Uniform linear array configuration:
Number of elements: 12
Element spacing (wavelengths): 1
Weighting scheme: hann
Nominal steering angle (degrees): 15
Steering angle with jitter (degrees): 13.266
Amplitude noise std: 0.05
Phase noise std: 0.05

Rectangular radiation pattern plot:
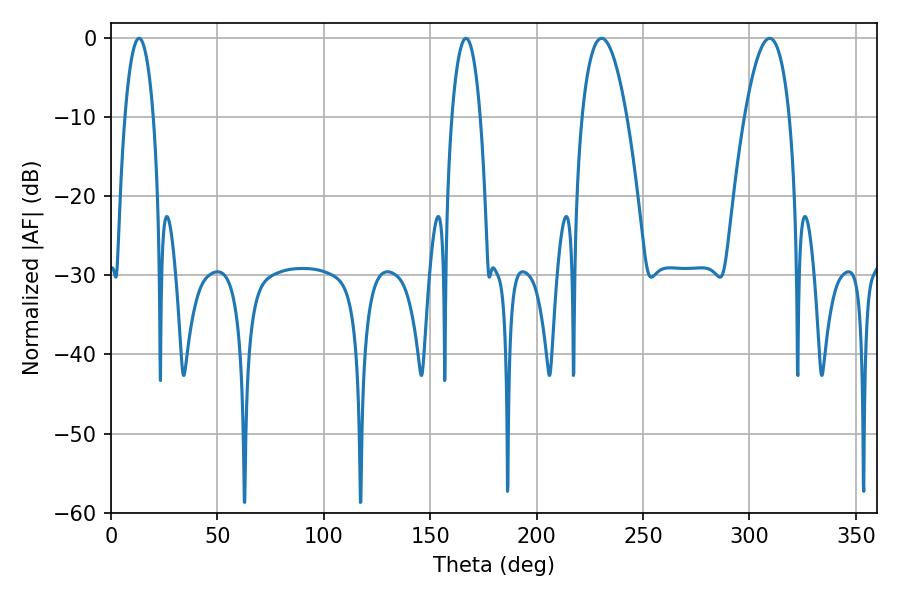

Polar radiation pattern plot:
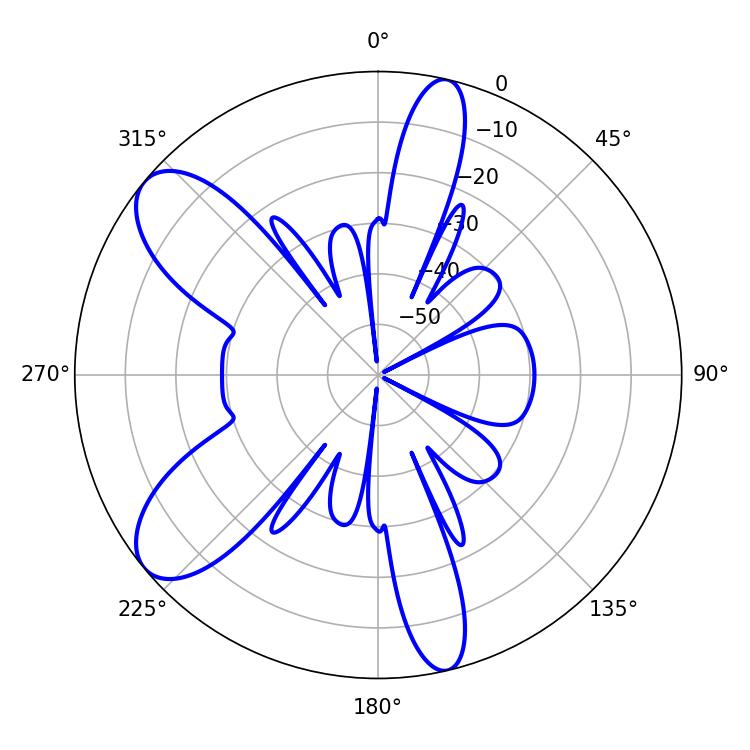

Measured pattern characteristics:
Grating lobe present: TRUE
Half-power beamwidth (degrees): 11.52
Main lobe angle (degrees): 230.58